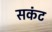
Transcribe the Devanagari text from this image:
सकंट